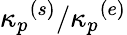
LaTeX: {\kappa_{p}}^{(s)}/{\kappa_{p}}^{(e)}